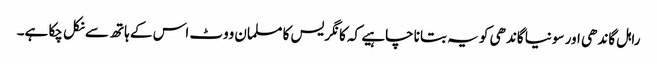
راہل گاندھی اور سونیا گاندھی کو یہ بتانا چاہیے کہ کانگریس کا مسلمان ووٹ اس کے ہاتھ سے نکل چکا ہے۔